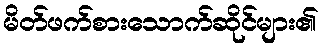
မိတ်ဖက်စားသောက်ဆိုင်များ၏